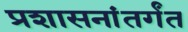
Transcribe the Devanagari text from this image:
प्रशासनांतर्गंत